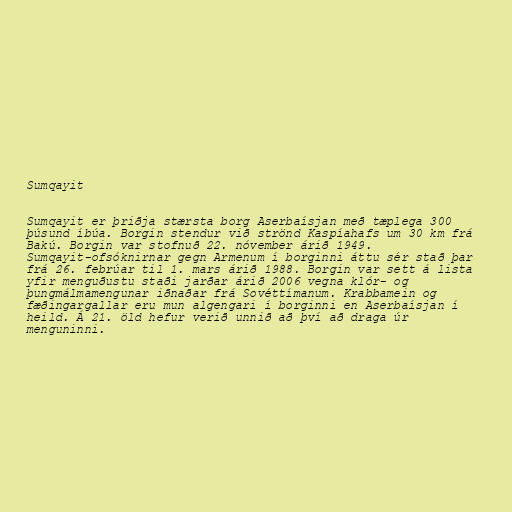
Sumqayit

Sumqayit er þriðja stærsta borg Aserbaísjan með tæplega 300
þúsund íbúa. Borgin stendur við strönd Kaspíahafs um 30 km frá
Bakú. Borgin var stofnuð 22. nóvember árið 1949.
Sumqayit-ofsóknirnar gegn Armenum í borginni áttu sér stað þar
frá 26. febrúar til 1. mars árið 1988. Borgin var sett á lista
yfir menguðustu staði jarðar árið 2006 vegna klór- og
þungmálmamengunar iðnaðar frá Sovéttímanum. Krabbamein og
fæðingargallar eru mun algengari í borginni en Aserbaísjan í
heild. Á 21. öld hefur verið unnið að því að draga úr
menguninni.